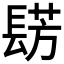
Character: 𮤀